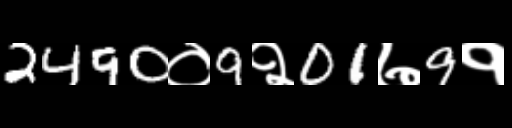
Text: 2490०9२01७9१